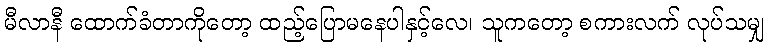
မီလာနီ ထောက်ခံတာကိုတော့ ထည့်ပြောမနေပါနှင့်လေ၊ သူကတော့ စကားလက် လုပ်သမျှ